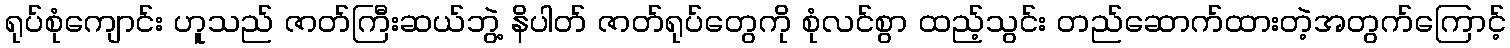
ရုပ်စုံကျောင်း ဟူသည် ဇာတ်ကြီးဆယ်ဘွဲ့ နိပါတ် ဇာတ်ရုပ်တွေကို စုံလင်စွာ ထည့်သွင်း တည်ဆောက်ထားတဲ့အတွက်ကြောင့်